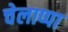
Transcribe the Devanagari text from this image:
चेलाप्पा